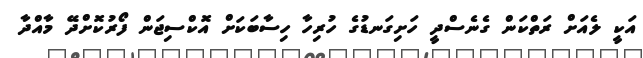
އަކީ ލެއަށް ރަތްކަން ގެނެސްދީ ހަށިގަނޑުގެ ހުރިހާ ހިސާބަކަށް އޮކްސިޖަން ފޯރުކޮށްދޭ މާއްދާ